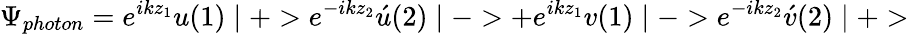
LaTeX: \Psi_{photon}=e^{ikz_{1}}u(1)\mid+>e^{-ikz_{2}}\acute{u}(2)\mid->+e^{ikz_{1}}v(1)\mid->e^{-ikz_{2}}\acute{v}(2)\mid+>